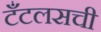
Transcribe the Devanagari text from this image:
टँटलसची